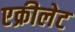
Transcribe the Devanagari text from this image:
एक्रीलेट